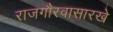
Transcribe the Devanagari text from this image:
राजगौरवासारखे